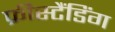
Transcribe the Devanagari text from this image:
फ्रीस्टैंडिंग